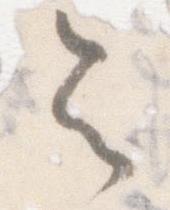
令